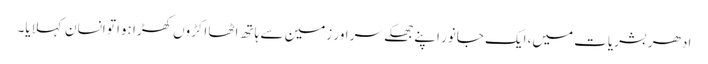
ادھر بشریات میں، ایک جانور اپنے جھکے سر اور زمین سے ہاتھ اٹھا اکڑوں کھڑا ہوا تو انسان کہلایا۔